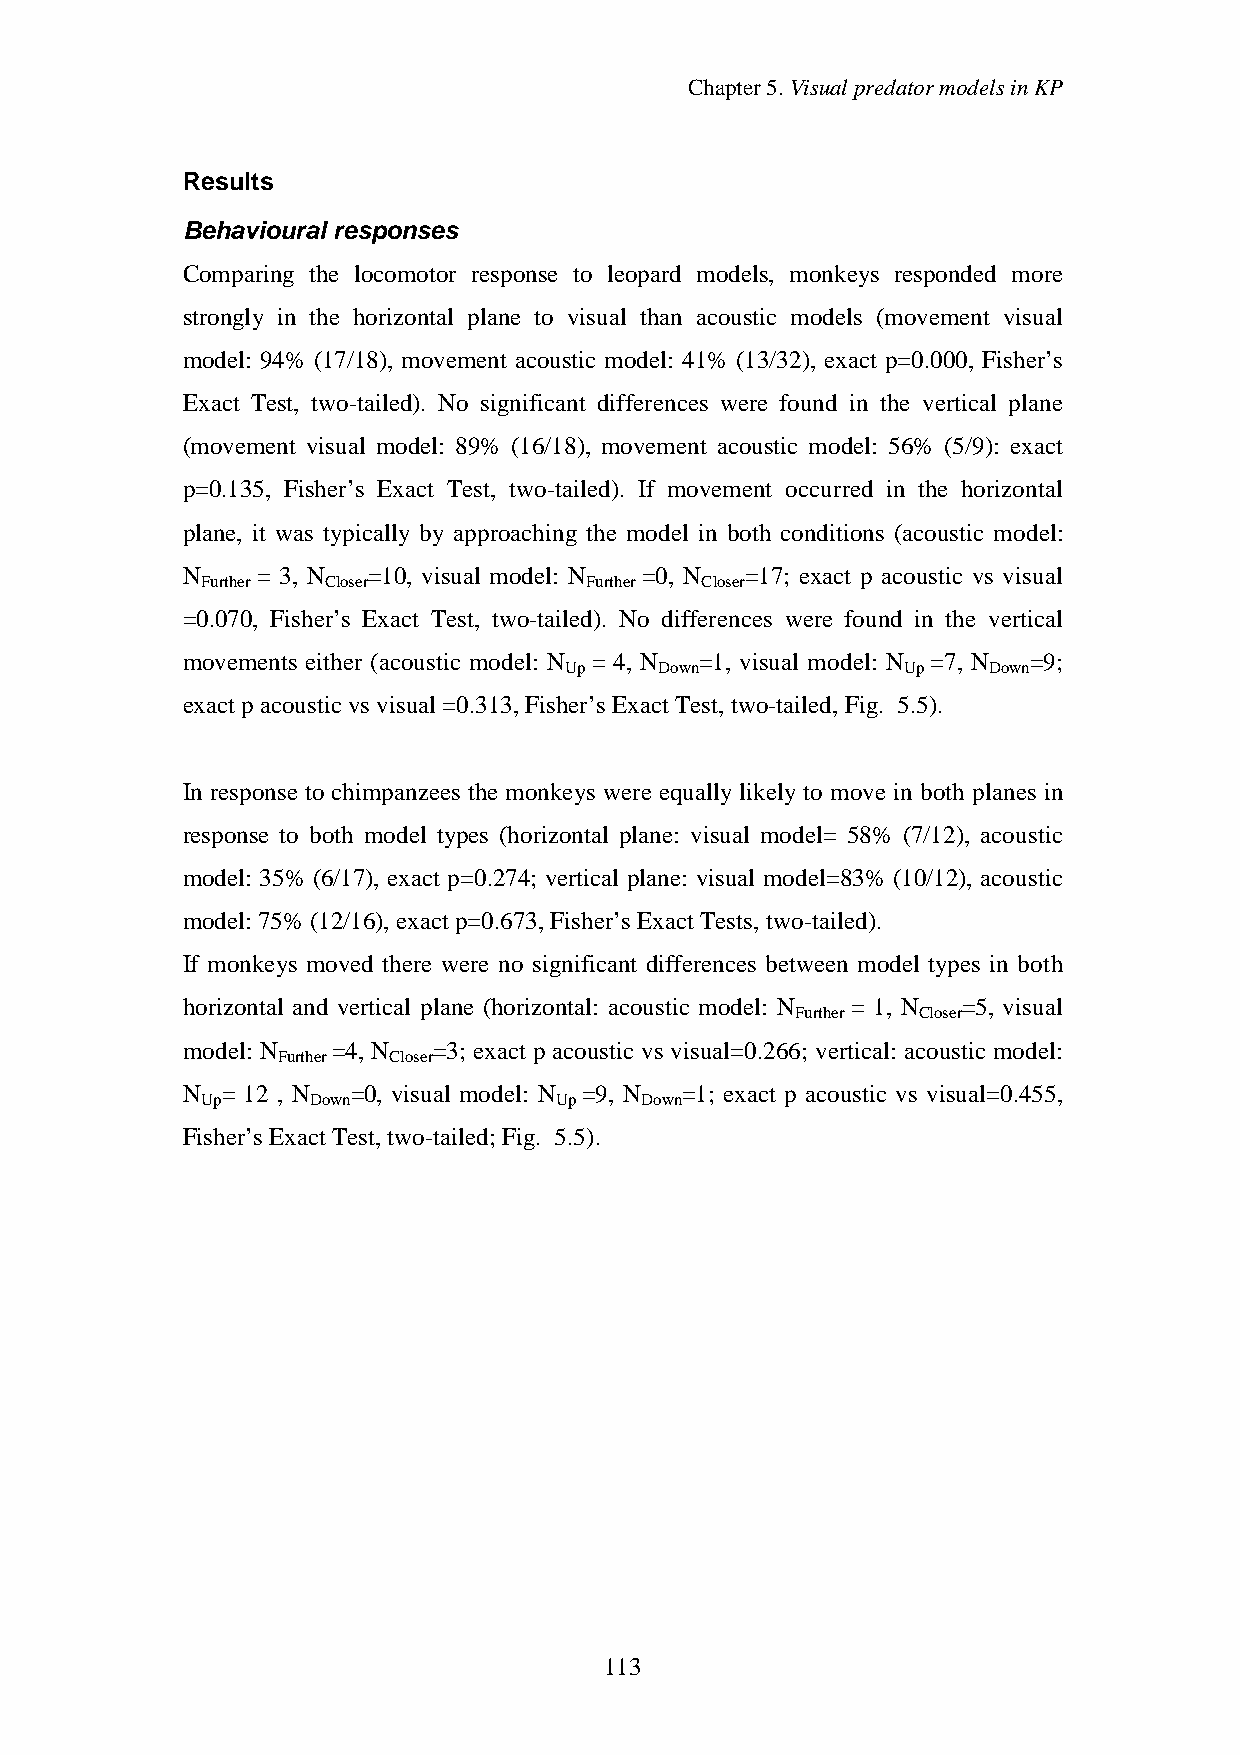
Chapter5.VisualpredatormodelsinKP
 Results
 Behavioural responses
 Comparing the locomotor response to leopard models, monkeys responded more
 strongly in the horizontal plane to visual than acoustic models (movement visual
 model: 94% (17/18), movement acoustic model: 41% (13/32), exact p=0.000, Fisher’s
 Exact Test, two-tailed). No significant differences were found in the vertical plane
 (movement visual model: 89% (16/18), movement acoustic model: 56% (5/9): exact
 p=0.135, Fisher’s Exact Test, two-tailed). If movement occurred in the horizontal
 plane, it was typically by approaching the model in both conditions (acoustic model:
 N    = 3, N =10, visual model: N =0, N =17; exact p acoustic vs visual
 Further Closer            Further Closer
 =0.070, Fisher’s Exact Test, two-tailed). No differences were found in the vertical
 movements either (acoustic model: N = 4, N =1, visual model: N =7, N =9;
 Up     Down            Up   Down
 exact pacousticvs visual =0.313,Fisher’s Exact Test,two-tailed,Fig. 5.5).
 In response to chimpanzees the monkeys were equally likely to move in both planes in
 response to both model types (horizontal plane: visual model= 58% (7/12), acoustic
 model: 35% (6/17), exact p=0.274; vertical plane: visual model=83% (10/12), acoustic
 model: 75%(12/16),exact p=0.673,Fisher’s Exact Tests, two-tailed).
 If monkeys moved there were no significant differences between model types in both
 horizontal and vertical plane (horizontal: acoustic model: N = 1, N =5, visual
 Further Closer
 model: N  =4, N  =3; exact p acoustic vs visual=0.266; vertical: acoustic model:
 Further Closer
 N  = 12 , N =0, visual model: N =9, N =1; exact p acoustic vs visual=0.455,
 Up     Down             Up   Down
 Fisher’s Exact Test,two-tailed; Fig. 5.5).
 113